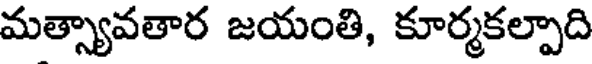
మత్స్యావతార జయంతి, కూర్మకల్పాది